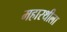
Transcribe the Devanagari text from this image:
महारथीला